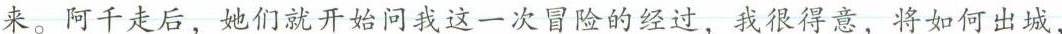
来。阿千走后，她们就开始问我这一次冒险的经过，我也感到了一种得意，将如何出城，